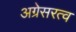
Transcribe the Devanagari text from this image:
अग्रेसरत्व